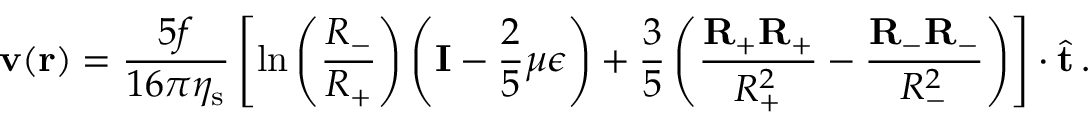
\mathbf { v } ( \mathbf { r } ) = \frac { 5 f } { 1 6 \pi \eta _ { \mathrm { s } } } \left[ \ln \left( \frac { R _ { - } } { R _ { + } } \right) \left( \mathbf { I } - \frac { 2 } { 5 } \mu \boldsymbol { \epsilon } \right) + \frac { 3 } { 5 } \left( \frac { \mathbf { R } _ { + } \mathbf { R } _ { + } } { R _ { + } ^ { 2 } } - \frac { \mathbf { R } _ { - } \mathbf { R } _ { - } } { R _ { - } ^ { 2 } } \right) \right] \cdot \hat { \mathbf { t } } \, .